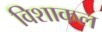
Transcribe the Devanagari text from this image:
विशाकल